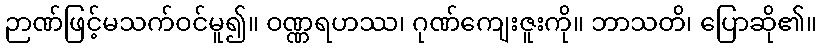
ဉာဏ်ဖြင့်မသက်ဝင်မူ၍။ ဝဏ္ဏရဟဿ၊ ဂုဏ်ကျေးဇူးကို။ ဘာသတိ၊ ပြောဆို၏။